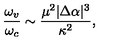
\frac { \omega _ { v } } { \omega _ { c } } \sim \frac { \mu ^ { 2 } | \Delta \alpha | ^ { 3 } } { \kappa ^ { 2 } } ,